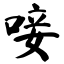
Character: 唼